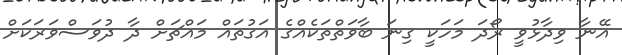
އޭނާ ވިދާޅުވީ ރޯދަ މަހަކީ ގިނަ ބާވަތްތަކެއްގެ އަގުތައް މައްޗަށް ދާ ދުވަސްވަރަކަށް